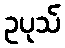
ဥပုသ်